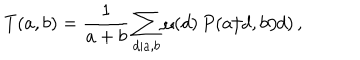
T ( a , b ) = \frac { 1 } { a + b } \sum _ { d | a , b } \mu ( d ) \, P ( a / d , b / d ) \, ,